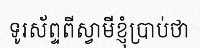
ទូរស័ព្ទពីស្វាមីខ្ញុំប្រាប់ថា